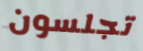
تجلسون